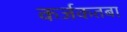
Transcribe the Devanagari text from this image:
कर्जकतबा